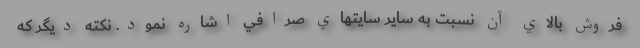
فروش بالاي آن نسبت به ساير سايتهاي صرافي اشاره نمود. نكته ديگر كه